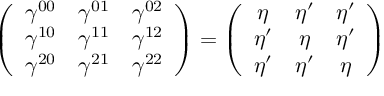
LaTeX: \left( \begin{array} { c c c } { { \gamma ^ { 0 0 } } } & { { \gamma ^ { 0 1 } } } & { { \gamma ^ { 0 2 } } } \\ { { \gamma ^ { 1 0 } } } & { { \gamma ^ { 1 1 } } } & { { \gamma ^ { 1 2 } } } \\ { { \gamma ^ { 2 0 } } } & { { \gamma ^ { 2 1 } } } & { { \gamma ^ { 2 2 } } } \end{array} \right) = \left( \begin{array} { c c c } { { \eta } } & { { \eta ^ { \prime } } } & { { \eta ^ { \prime } } } \\ { { \eta ^ { \prime } } } & { { \eta } } & { { \eta ^ { \prime } } } \\ { { \eta ^ { \prime } } } & { { \eta ^ { \prime } } } & { { \eta } } \end{array} \right)